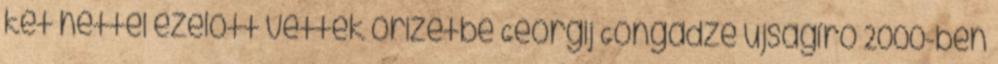
két héttel ezelőtt vettek őrizetbe Georgij Gongadze újságíró 2000-ben